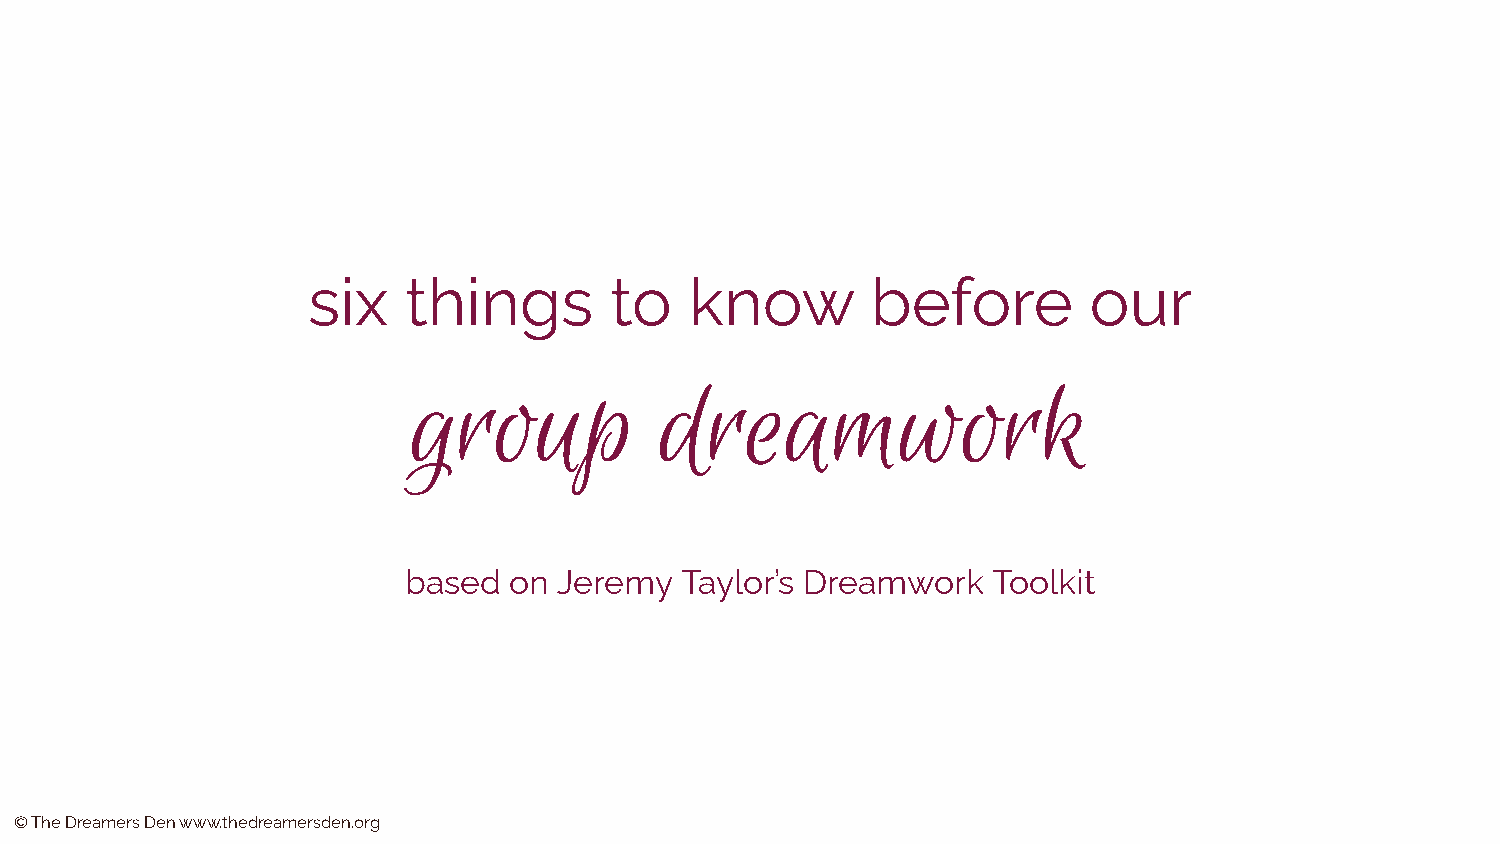
six    things       to    know        before        our
 group            dreamwork
 based  on Jeremy  Taylor’s Dreamwork   Toolkit
 © The Dreamers Den www.thedreamersden.org